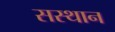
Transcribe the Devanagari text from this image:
सस्थान